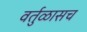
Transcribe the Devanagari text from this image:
वर्तुळासच